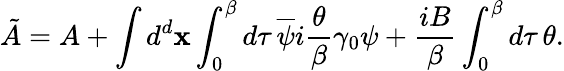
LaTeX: \tilde{A}=A+\int d^{d}{\mathbf x}\int_{0}^{\beta}d\tau{\, }\overline{{{\psi}}}i\frac{\theta}{\beta}\gamma_{0}\psi+\frac{iB}{\beta}\int_{0}^{\beta}d\tau{\, }\theta.